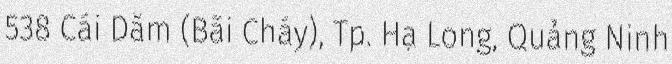
538 Cái Dăm (Bãi Cháy), Tp. Hạ Long, Quảng Ninh